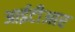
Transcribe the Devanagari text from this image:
आईटीआर